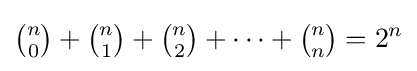
{\tbinom {n}{0}}+{\tbinom {n}{1}}+{\tbinom {n}{2}}+\cdots +{\tbinom {n}{n}}=2^{n}